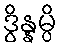
ဒွိန္နမ္ပိ